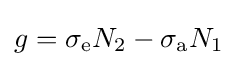
g=\sigma _{\rm {e}}N_{2}-\sigma _{\rm {a}}N_{1}